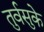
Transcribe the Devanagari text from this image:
तुर्वसुके